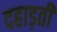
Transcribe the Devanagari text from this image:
दहाड़ती